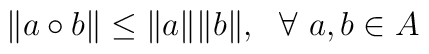
\Vert a\circ b\Vert\leq \Vert a\Vert\Vert b\Vert,~~\forall~a,b\in A